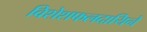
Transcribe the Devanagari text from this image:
विशेशफलदायिने